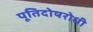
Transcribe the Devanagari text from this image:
पूतिदोषरोधी